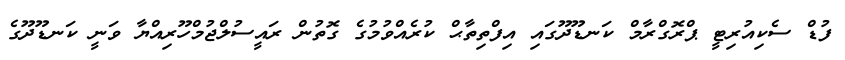
ފުޑް ސެކިއުރިޓީ ޕްރޮގްރާމް ކަނޑޫދޫގައި އިފްތިތާޙް ކުރެއްވުމުގެ ގޮތުން ރައީސުލްޖުމްހޫރިއްޔާ ވަނީ ކަނޑޫދޫގެ